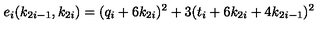
e _ { i } ( k _ { 2 i - 1 } , k _ { 2 i } ) = ( q _ { i } + 6 k _ { 2 i } ) ^ { 2 } + 3 ( t _ { i } + 6 k _ { 2 i } + 4 k _ { 2 i - 1 } ) ^ { 2 }